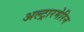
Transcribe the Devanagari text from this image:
अल्ट्रारमेरिन